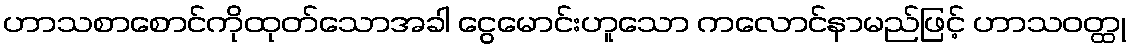
ဟာသစာစောင်ကိုထုတ်သောအခါ ငွေမောင်းဟူသော ကလောင်နာမည်ဖြင့် ဟာသဝတ္ထု